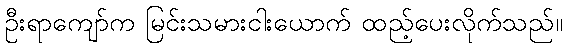
ဦးရာကျော်က မြင်းသမားငါးယောက် ထည့်ပေးလိုက်သည်။